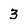
Character: 3